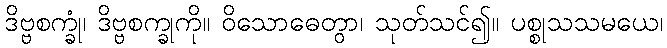
ဒိဗ္ဗစက္ခုံ၊ ဒိဗ္ဗစက္ခုကို။ ဝိသောဓေတွာ၊ သုတ်သင်၍။ ပစ္စုသသမယေ၊